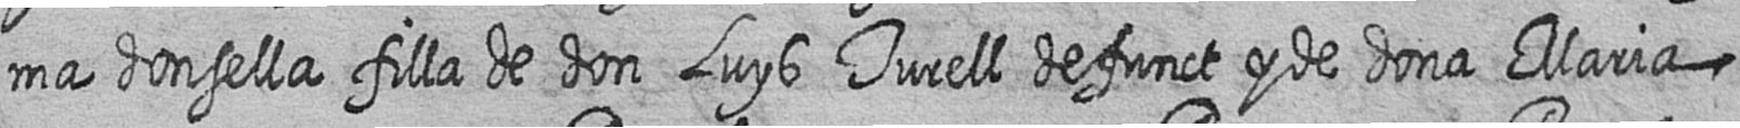
ma donsella filla de don Luys Turell defunct y de dona Maria